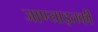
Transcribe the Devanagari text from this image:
जाण्याइतकी